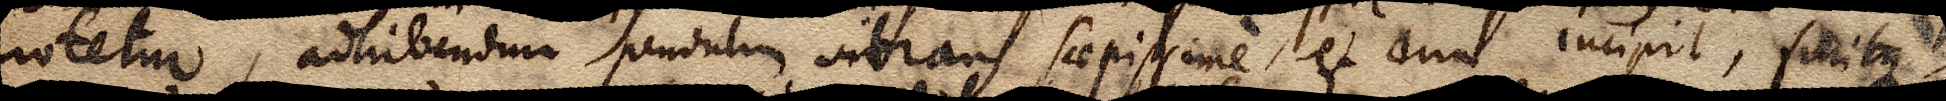
notetur, adhibendum pendulum vibrans saepissime, et cum incipit, finitque